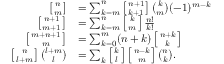
{ \begin{array} { r l } { \left[ { n \atop m } \right] } & { = \sum _ { k = m } ^ { n } \left[ { n + 1 \atop k + 1 } \right] { \binom { k } { m } } ( - 1 ) ^ { m - k } } \\ { \left[ { n + 1 \atop m + 1 } \right] } & { = \sum _ { k = m } ^ { n } \left[ { k \atop m } \right] { \frac { n ! } { k ! } } } \\ { \left[ { m + n + 1 \atop m } \right] } & { = \sum _ { k = 0 } ^ { m } ( n + k ) \left[ { n + k \atop k } \right] } \\ { \left[ { n \atop l + m } \right] { \binom { l + m } { l } } } & { = \sum _ { k } \left[ { k \atop l } \right] \left[ { n - k \atop m } \right] { \binom { n } { k } } . } \end{array} }